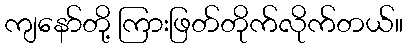
ကျနော်တို့ ကြားဖြတ်တိုက်လိုက်တယ်။